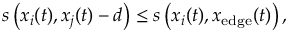
\begin{array} { r } { s \left( x _ { i } ( t ) , x _ { j } ( t ) - d \right) \le s \left( x _ { i } ( t ) , x _ { \mathrm { e d g e } } ( t ) \right) , } \end{array}